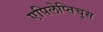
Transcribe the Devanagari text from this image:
एपिलेप्तिचुस